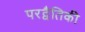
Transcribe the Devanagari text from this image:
परद्वैतिकी